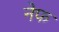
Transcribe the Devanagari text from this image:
नेफ